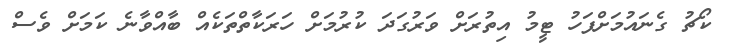
ކޯޗު ގެނައުމަށްފަހު ޓީމު އިތުރަށް ވަރުގަދަ ކުރުމަށް ހަރަކާތްތަކެއް ބާއްވާނެ ކަމަށް ވެސް